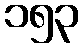
၁၅၃